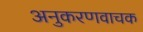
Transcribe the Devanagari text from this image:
अनुकरणवाचक